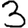
Digit: 3